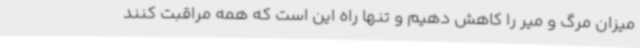
میزان مرگ و میر را کاهش دهیم و تنها راه این است که همه مراقبت کنند